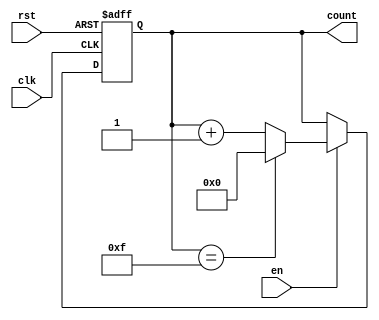
module multi_bit_counter #(
    parameter N = 4  // Parameter for the bit width (default is 4 bits)
) (
    input wire clk,       // Clock signal
    input wire rst,       // Asynchronous reset
    input wire en,        // Enable signal
    output reg [N-1:0] count // n-bit counter output
);

    // Maximum count value
    localparam MAX_COUNT = (1 << N) - 1; // 2^N - 1

    // Counter logic
    always @(posedge clk or posedge rst) begin
        if (rst) begin
            count <= 0; // Reset counter to 0
        end else if (en) begin
            if (count == MAX_COUNT) begin
                count <= 0; // Wrap around to 0 if maximum count is reached
            end else begin
                count <= count + 1; // Increment the counter
            end
        end
        // If enable is low, the counter retains its value (no action needed)
    end

endmodule